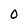
Character: 0